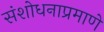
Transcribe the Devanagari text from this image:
संशोधनाप्रमाणे